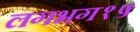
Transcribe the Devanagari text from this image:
लगभग१५